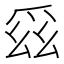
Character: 𭶯